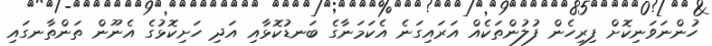
ހުންނަވަނިކޮށް ފިރިހެން ފުލުންތަކެއް އަރައިގަނެ އެކަމަނާގެ ބަނޑުކޮޅާއި އަދި ހަށިކޮޅުގެ އެނޫން ތަންތާނގައި